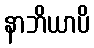
နာဘိယာပိ